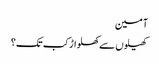
آمین
کھیلوں سے کھلواڑ کب تک؟